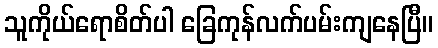
သူကိုယ်ရောစိတ်ပါ ခြေကုန်လက်ပမ်းကျနေပြီ။